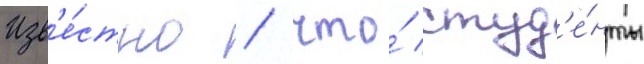
Изв'е́стно / что́ студ'е́нты